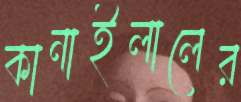
কানাইলালের